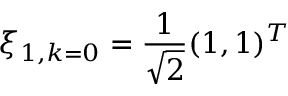
\xi _ { 1 , k = 0 } = \frac { 1 } { \sqrt { 2 } } ( 1 , 1 ) ^ { T }